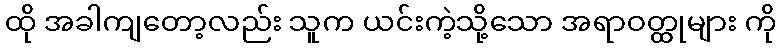
ထို အခါကျတော့လည်း သူက ယင်းကဲ့သို့သော အရာဝတ္ထုများ ကို